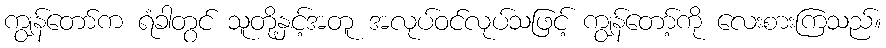
ကျွန်တော်က ရံခါတွင် သူတို့နှင့်အတူ အလုပ်ဝင်လုပ်သဖြင့် ကျွန်တော့်ကို လေးစားကြသည်။